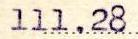
111.28